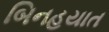
બિનહયાત